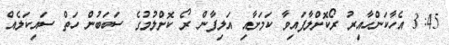
3:45 އެހާކަންހާއިރު ރޯކޮށްލާފައިވާ ކަމަށާއި އަލިފާން ރޯ ކޮށްލުމުގެ ސަބަބުން ހަތް ސައިކަލެއް